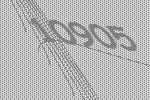
10905